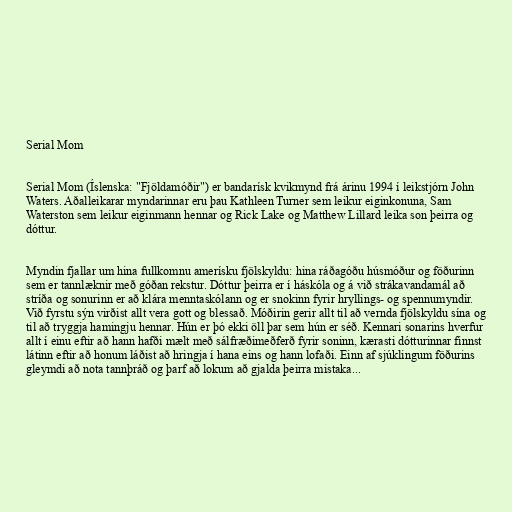
Serial Mom

Serial Mom (Íslenska: "Fjöldamóðir") er bandarísk kvikmynd frá árinu 1994 í leikstjórn John
Waters. Aðalleikarar myndarinnar eru þau Kathleen Turner sem leikur eiginkonuna, Sam
Waterston sem leikur eiginmann hennar og Rick Lake og Matthew Lillard leika son þeirra og
dóttur.

Myndin fjallar um hina fullkomnu amerísku fjölskyldu: hina ráðagóðu húsmóður og föðurinn
sem er tannlæknir með góðan rekstur. Dóttur þeirra er í háskóla og á við strákavandamál að
stríða og sonurinn er að klára menntaskólann og er snokinn fyrir hryllings- og spennumyndir.
Við fyrstu sýn virðist allt vera gott og blessað. Móðirin gerir allt til að vernda fjölskyldu sína og
til að tryggja hamingju hennar. Hún er þó ekki öll þar sem hún er séð. Kennari sonarins hverfur
allt í einu eftir að hann hafði mælt með sálfræðimeðferð fyrir soninn, kærasti dótturinnar finnst
látinn eftir að honum láðist að hringja í hana eins og hann lofaði. Einn af sjúklingum föðurins
gleymdi að nota tannþráð og þarf að lokum að gjalda þeirra mistaka...